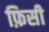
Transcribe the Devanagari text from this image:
फ़िसी